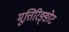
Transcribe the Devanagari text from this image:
मूत्तिरिङ्ङोट